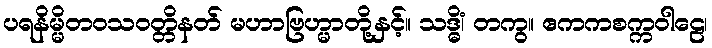
ပရနိမ္မိတဝသဝတ္တိနတ် မဟာဗြဟ္မာတို့နှင့်။ သဒ္ဓိံ၊ တကွ။ ဧကကစက္ကဝါဠေ၊